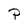
Character: P